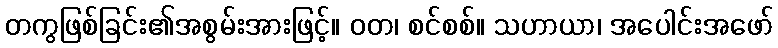
တကွဖြစ်ခြင်း၏အစွမ်းအားဖြင့်။ ဝတ၊ စင်စစ်။ သဟာယာ၊ အပေါင်းအဖော်